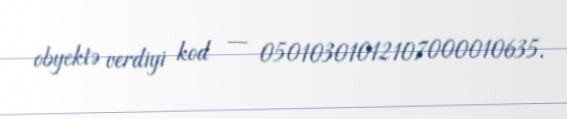
obyektə verdiyi kod — 05010301012107000010635.